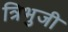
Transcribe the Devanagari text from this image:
त्रिभुजी